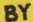
BY